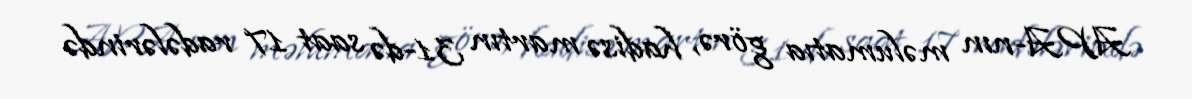
APA-nın məlumatıa görə, hadisə martın 31-də saat 17 radələrində